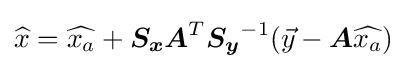
{\widehat {x}}={\widehat {x_{a}}}+{\boldsymbol {S_{x}}}{\boldsymbol {A}}^{T}{\boldsymbol {S_{y}}}^{-1}({\vec {y}}-{\boldsymbol {A}}{\widehat {x_{a}}})